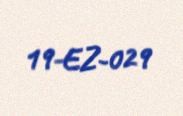
19-EZ-029